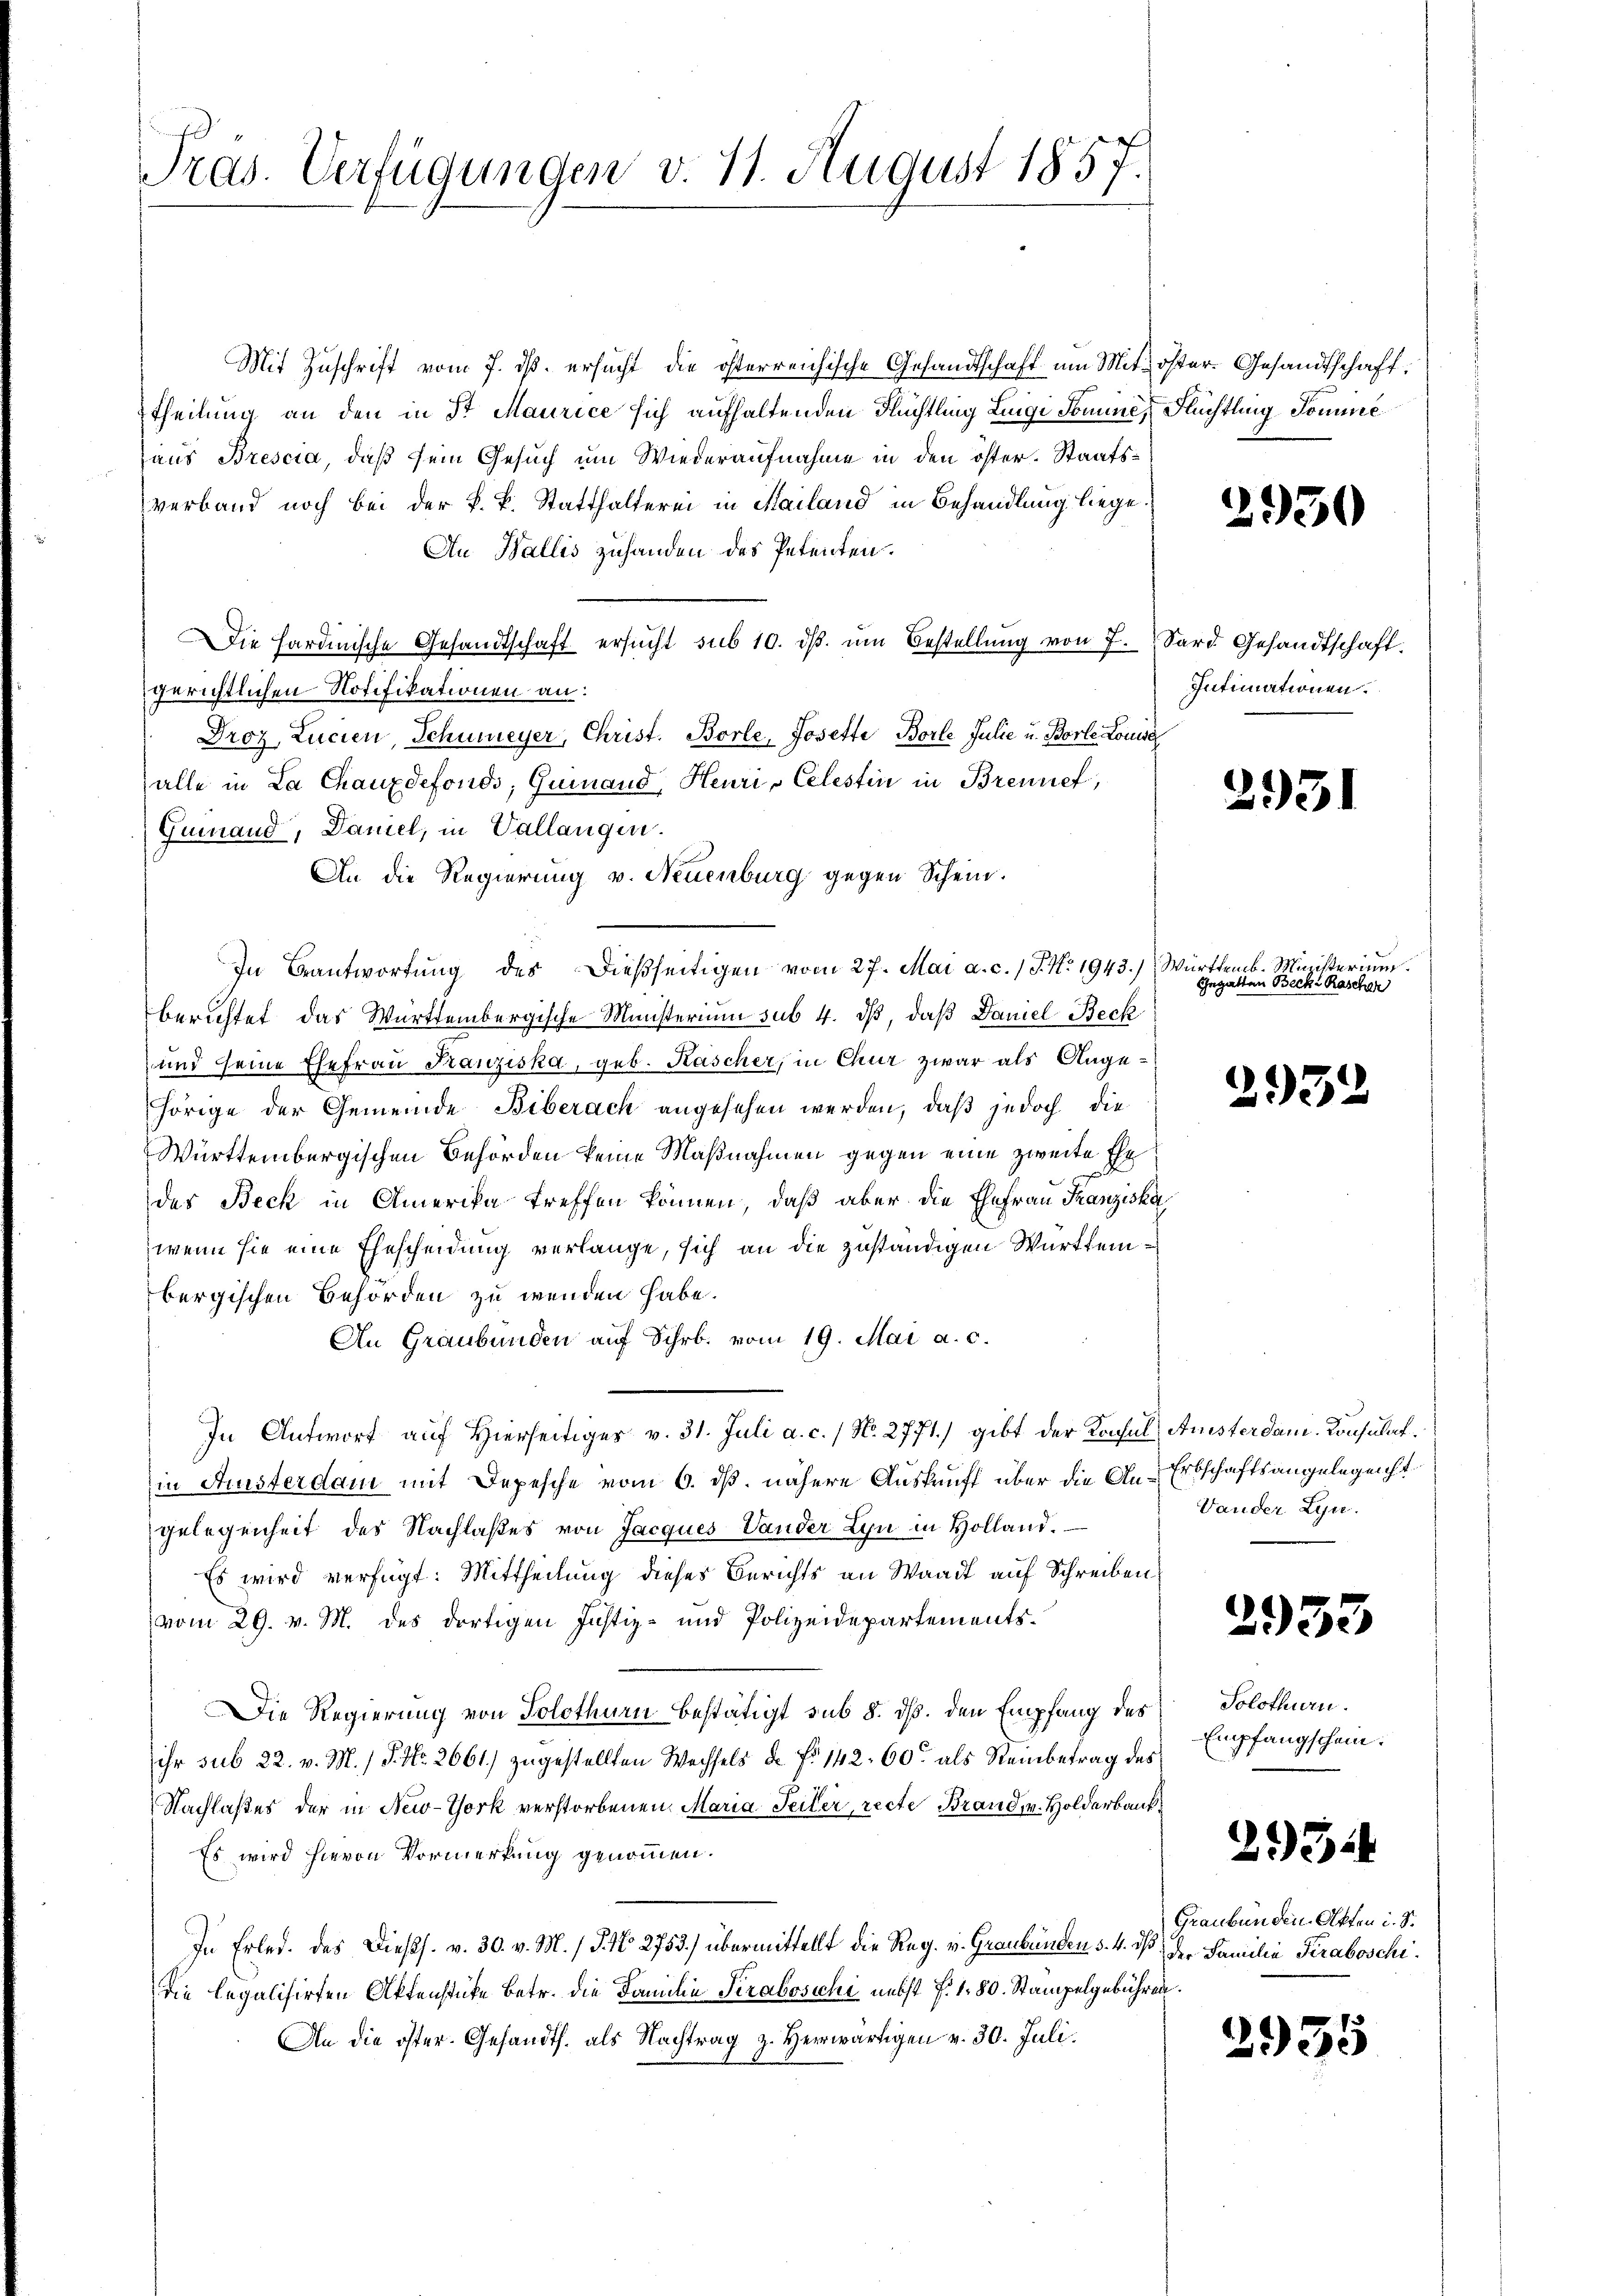
Pras. Verfügungen v. 11. August 1857.

Mit Zŭschrift vom 7. dβ. ersucht die österreichische Gesandtschaft um Mit öster- Gesandtschaft,
theilung an den in Sr Maurice sich aufhaltenden Flüchtling Lingi Domine, Flüchtling-Pomme
aus Brescia, daß sein Gesuch um Wiederaufnahme in den öster. Staatsverband noch bei der k. k. Statthalterei in Mailand in Behandlung liege.
Au Wallis zuhanden des Petenten.
Die Hardinische Gesandtschaft ersucht sub 10. dβ. um Bestellung von 7. Sard. Gesandtschaft.
gerichtlichen Notifikationen an:
Droz Lucien, Schmeyer, Christ. Borle, Josette Borle Julie u. Borle Louise
alle in La Chauzdefonds, Gumand, Heuri Celestin in Brennet,
Gemand, Daniel, in Vallangen.
An die Regierung v. Neuenburg gegen Schein.
In Beantwortŭng des dießseitigen vom 27. Mai a. c. J. N. 1943.) Württemb. Ministerium
berichtet das Württembergische Ministerium sub 4. dβ, daß Damel Beck
und seine Ehefrau Franziska, geb. Kascher, in Chur zwar als Angehörige der Gemeinde Biberach angesehen werden, daß jedoch die
Württembergischen Behörden keine Maßnahmen gegen eine zweite Ehe
des Beck in Amerika treffen können, daß aber die Ehefrau Franziska
wenn sie eine Ehescheidung verlange, sich an die zuständigen Württembergischen Behörden zu wenden habe.
An Graubünden auf Schr. vom 19. Mai a. c.
In Antwort auf Hierseitiges v. 31. Juli a. c. / N. 2771.) gibt der Konsul Anisterdani. Konsulat.
in Austerdam mit Depesche vom 6. ds. nähere Auskunft über die An-Erbschaftsangelegenst
gelegenheit des Nachlaßes von Jacques Vander Lyn in Holland.
Es wird verfügt: Mittheilung dieses Berichts an Waadt auf Schreiben
vom 29. v. M. des dortigen Justiz- und Polizeidepartements¬
Die Regierung von Solothurn bestätigt sub 8. dß. den Empfang des
ihr sub 22. v. M. / P. Nr. 2661) zugestellten Wechsels de No 142. 60 als Reinbetrag des
Nachlaßes der in New-York verstorbenen Maria- Seiter, recte Brand, u. Holderbank¬
Es wird hievon Vormerkung genommen.
In Erled. des Dießs. v. 30. v. M. / 5. No 2753.) übermittellt die Reg. v. Graubünden §. 4. dß der Familie Teraboschidie legalisirten Aktenstücke betr. die Familie Pirabosichi nebst f. 1. 80. Stampelgebühren.
An die öfter. Gesandts. als Nachtrag z. Herwärtigen v. 30. Juli.

2930

Intimationen.

2951

Gegatten Becki Raschen

2932

Vander Lyn.

2933

Solothurn.
Empfangschein.

2934

Graubünden Akten i. S.

2935